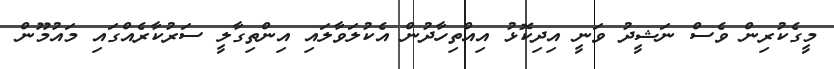
މީގެކުރިން ވެސް ނަޝީދު ވަނީ އިދިކޮޅު އިއްތިހާދުން އެކުލަވާލައި އިންތިގާލީ ސަރުކާރެއްގައި މައުމޫން